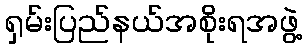
ရှမ်းပြည်နယ်အစိုးရအဖွဲ့